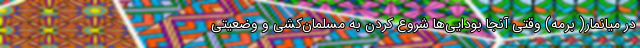
در میانمار( برمه) وقتی آنجا بودایی‌ها شروع کردن به مسلمان‌کشی و وضعیتی